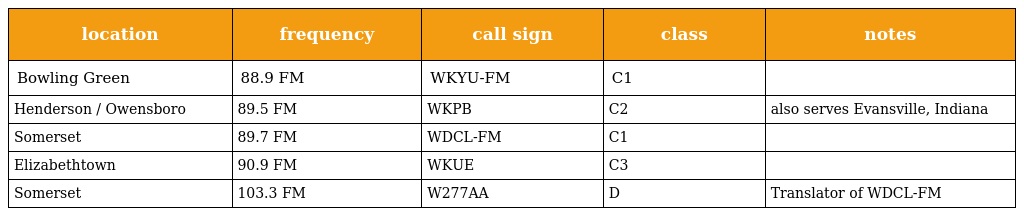
| location | frequency | call sign | class | notes |
 | --- | --- | --- | --- | --- |
 | Bowling Green | 88.9 FM | WKYU-FM | C1 |  |
 | Henderson / Owensboro | 89.5 FM | WKPB | C2 | also serves Evansville, Indiana |
 | Somerset | 89.7 FM | WDCL-FM | C1 |  |
 | Elizabethtown | 90.9 FM | WKUE | C3 |  |
 | Somerset | 103.3 FM | W277AA | D | Translator of WDCL-FM |